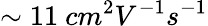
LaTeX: \sim 11\ cm^{2}V^{-1}s^{-1}